Indian journal of veterinary science and animal husbandry - Volumes 15-17, 1948-1951
Year: 1948
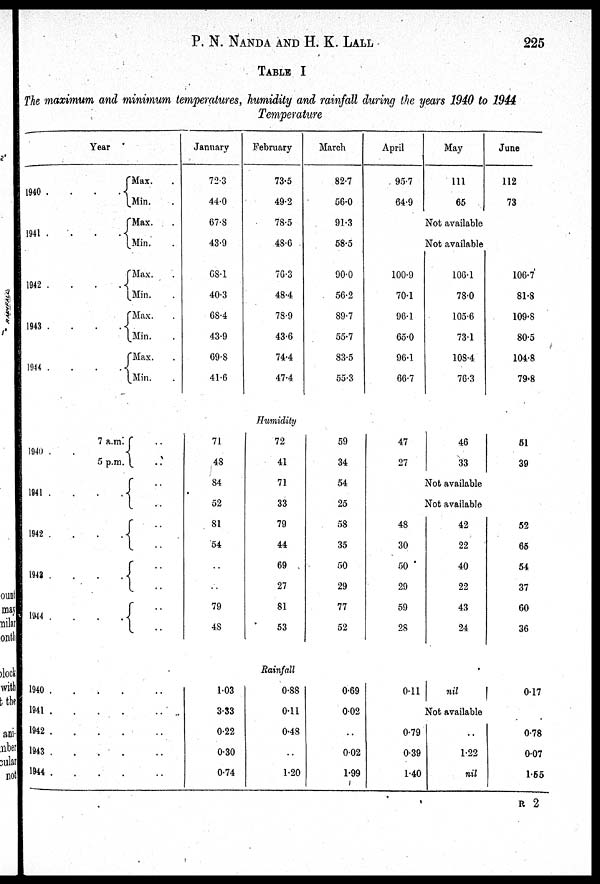
P. N. NANDA AND H. K. LALL 225
TABLE I
The maximum and minimum temperatures, humidity and rainfall during the years 1940 to 1944
Temperature
Year
1940 . . . .
1941 . . . .
1942 . . . .
1943 . . . .
1944 . . . .
1940 . . . .
1941 . . . .
1942 . . . .
1943 . . . .
1944 . . . .
1940 . . .
1941 . . .
1942 . . .
1943 . . .
1944 . . .
Max.
Min. .
Max. .
Min. .
Max. .
Min. .
Max. .
Min. .
Max. .
Min. .
January
72.3
44.0
67.8
43.9
68.1
40.3
68.4
43.9
69.8
41.6
February
73.5
49.2
78.5
48.6
76.3
48.4
78.9
43.6
74.4
47.4
March
82.7
56.0
91.3
58.5
90.0
56.2
89.7
55.7
83.5
55.3
April
95.7
64.9
May
111
65
June
112
73
Not available
Not available
100.9
70.1
96.1
65.0
96.1
66.7
106.1
78.0
105.6
73.1
108.4
76.3
106.7
81.8
109.8
80.5
104.8
79.8
Humidity
7 a.m.
5 p.m.
..
..
..
..
..
..
..
..
71
48
S4
52
81
54
..
..
79
48
72
41
71
33
79
44
69
27
81
53
59
34
54
25
58
35
50
29
77
52
47
27
46
33
51
39
Not available
Not available
48
30
50
29
59
28
42
22
40
22
43
24
52
65
54
37
60
36
Rainfall
..
..
..
..
..
1.03
3.33
0.22
0.30
0.74
0.88
0.11
0.48
..
1.20
0.69
0.02
..
0.02
1.99
0.11
nil
0.17
Not available
0.79
0.39
1.40
..
1.22
nil
0.78
0.07
1.55
R 2